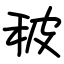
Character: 秛